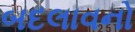
બદલાવનો